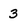
Character: 3